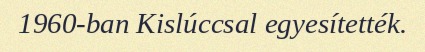
1960-ban Kislúccsal egyesítették.